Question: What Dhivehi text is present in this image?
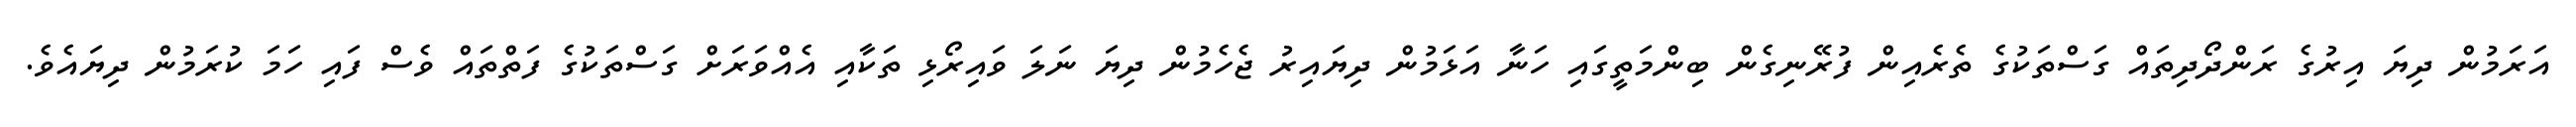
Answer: އަރަމުން ދިޔަ އިރުގެ ރަންދޯދިތައް ގަސްތަކުގެ ތެރެއިން ފުރޭނިގެން ބިންމަތީގައި ހަނާ އަޅަމުން ދިޔައިރު ޖެހެމުން ދިޔަ ނަލަ ވައިރޯޅި ތަކާއި އެއްވަރަށް ގަސްތަކުގެ ފަތްތައް ވެސް ފައި ހަމަ ކުރަމުން ދިޔައެވެ.